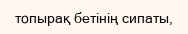
топырақ бетінің сипаты,